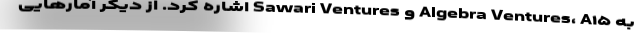
به Algebra Ventures، A۱۵ و Sawari Ventures اشاره کرد. از دیگر آمارهایی